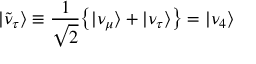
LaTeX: \vert \tilde { \nu } _ { \tau } \rangle \equiv { \frac { 1 } { \sqrt { 2 } } } { \left\{ \vert \nu _ { \mu } \rangle + \vert \nu _ { \tau } \rangle \right\} } = \vert \nu _ { 4 } \rangle